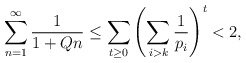
\begin{align*} \sum_{n = 1}^\infty \frac{1}{1+Qn} \leq \sum_{t \geq 0} \left( \sum_{i > k} \frac{1}{p_i} \right) ^t < 2, \end{align*}